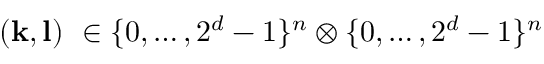
( \mathbf { k } , \mathbf { l } ) ~ \in \{ 0 , \dots , 2 ^ { d } - 1 \} ^ { n } \otimes \{ 0 , \dots , 2 ^ { d } - 1 \} ^ { n }